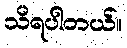
သိရပါတယ်။